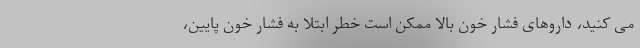
می کنید، داروهای فشار خون بالا ممکن است خطر ابتلا به فشار خون پایین،